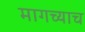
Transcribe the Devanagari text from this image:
मागच्याच